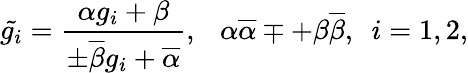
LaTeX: \tilde{g_{i}}=\frac{\alpha g_{i}+\beta}{\pm\overline{{{\beta}}}g_{i}+\overline{{{\alpha}}}},~~~\alpha\overline{{{\alpha}}}\mp+\beta\overline{{{\beta}}},~~i=1,2,